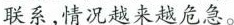
系，情况越来越危急。